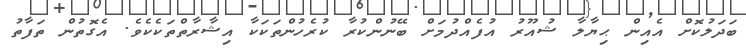
ބަދަލުކޮށް އެއިން ޙިޔާލާ ޝުއޫރު އުފެއްދުމަށް ބޭނުންކުރާ ކުރެހުންތަކަކާ އިޝާރާތްތަކެކެވެ. އެގޮތުން ތަފާތު